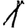
Digit: 1